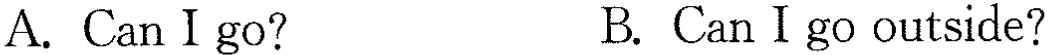
A.Can I go?B.CanIgo outside?